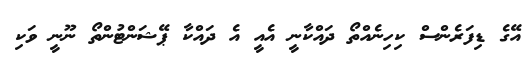
އޭގެ ޑިފަރެންސް ކިހިނެއްތޯ ދައްކާނީ އެއީ އެ ދައްކާ ޕޭޝަންޓުންތޯ ނޫނީ ވަކި